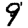
Digit: 9